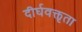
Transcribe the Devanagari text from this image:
दीर्घवक्तृता